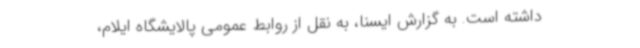
داشته است. به گزارش ایسنا، به نقل از روابط عمومی پالایشگاه ایلام،